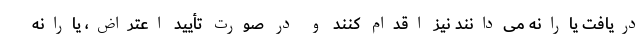
دریافت یارانه می‌دانند نیز اقدام کنند و در صورت تأیید اعتراض، یارانه